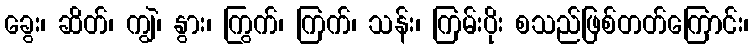
ခွေး၊ ဆိတ်၊ ကျွဲ၊ နွား၊ ကြွက်၊ ကြက်၊ သန်း၊ ကြမ်းပိုး စသည်ဖြစ်တတ်ကြောင်း၊